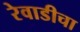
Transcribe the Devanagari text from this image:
रेवाडीचा